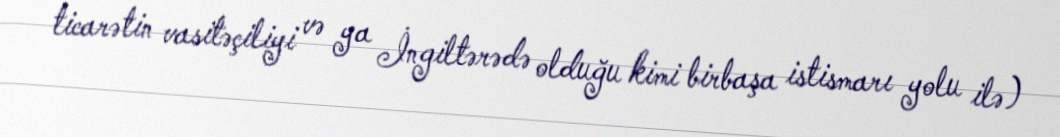
ticarətin vasitəçiliyi və ya İngiltərədə olduğu kimi birbaşa istismarı yolu ilə)